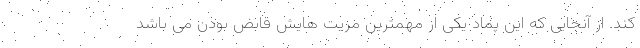
کند. از آنجایی که این پماد یکی از مهمترین مزیت هایش قابض بودن می باشد